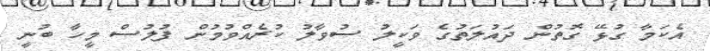
އެކަމާ ގުޅޭ ގޮތުން ދައުލަތުގެ ވަކީލު ސުވާލު ކުރެއްވުމުން ފުލުސް މީހާ ބުނީ